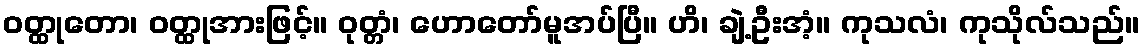
ဝတ္ထုတော၊ ဝတ္ထုအားဖြင့်။ ဝုတ္တံ၊ ဟောတော်မူအပ်ပြီ။ ဟိ၊ ချဲ့ဦးအံ့။ ကုသလံ၊ ကုသိုလ်သည်။